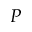
P